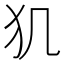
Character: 𤜝